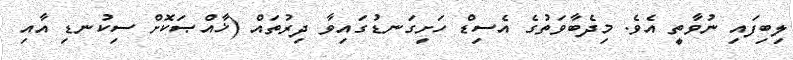
ލިބިފައި ނުވާތީ އެވެ. މިދެބާވަތުގެ އެސިޑް ހަށިގަނޑުގައިވާ ދިރުތައް (ޚާއްޞަކޮށް ސިކުނޑި އާއި